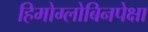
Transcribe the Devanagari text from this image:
हिमोग्लोबिनपेक्षा